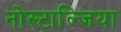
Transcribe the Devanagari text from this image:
नोस्टाल्जिया